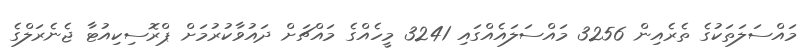
މައްސަލަތަކުގެ ތެެރެއިން 3256 މައްސަލައެއްގައި 3241 މީހެއްގެ މައްޗަށް ދައުވާކުރުމަށް ޕްރޮސިކިއުޓާ ޖެނެރަލްގެ